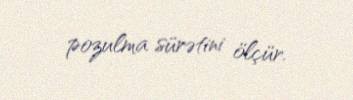
pozulma sürətini ölçür.